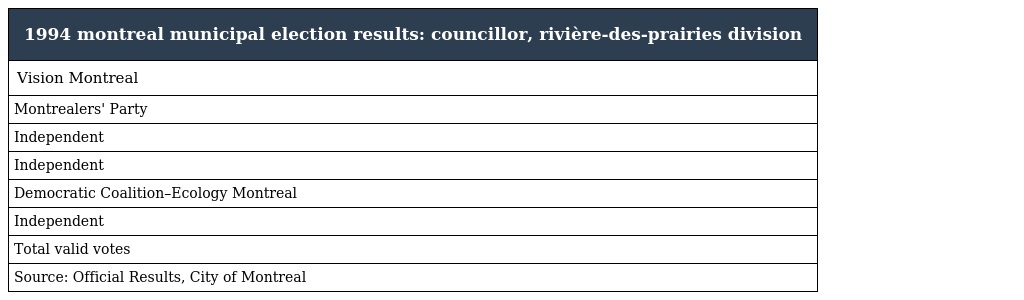
| 1994 montreal municipal election results: councillor, rivière-des-prairies division |
 | --- |
 | Vision Montreal |
 | Montrealers' Party |
 | Independent |
 | Independent |
 | Democratic Coalition–Ecology Montreal |
 | Independent |
 | Total valid votes |
 | Source: Official Results, City of Montreal |